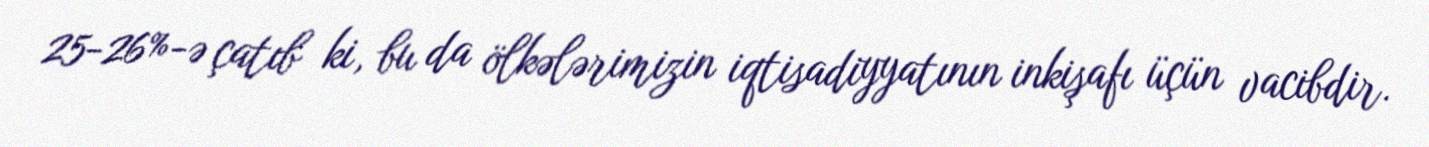
25-26%-ə çatıb ki, bu da ölkələrimizin iqtisadiyyatının inkişafı üçün vacibdir.